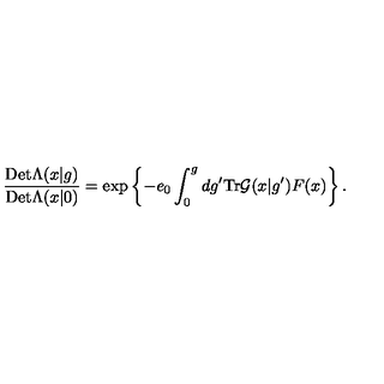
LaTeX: \frac { \mathrm { D e t } \Lambda ( x | g ) } { \mathrm { D e t } \Lambda ( x | 0 ) } = \exp \left\{ - e _ { 0 } \int _ { 0 } ^ { g } d g ^ { \prime } \mathrm { T r } { \cal G } ( x | g ^ { \prime } ) F ( x ) \right\} .